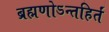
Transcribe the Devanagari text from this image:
ब्रह्मणोऽन्तहिर्तं